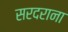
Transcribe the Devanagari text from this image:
सरदराना